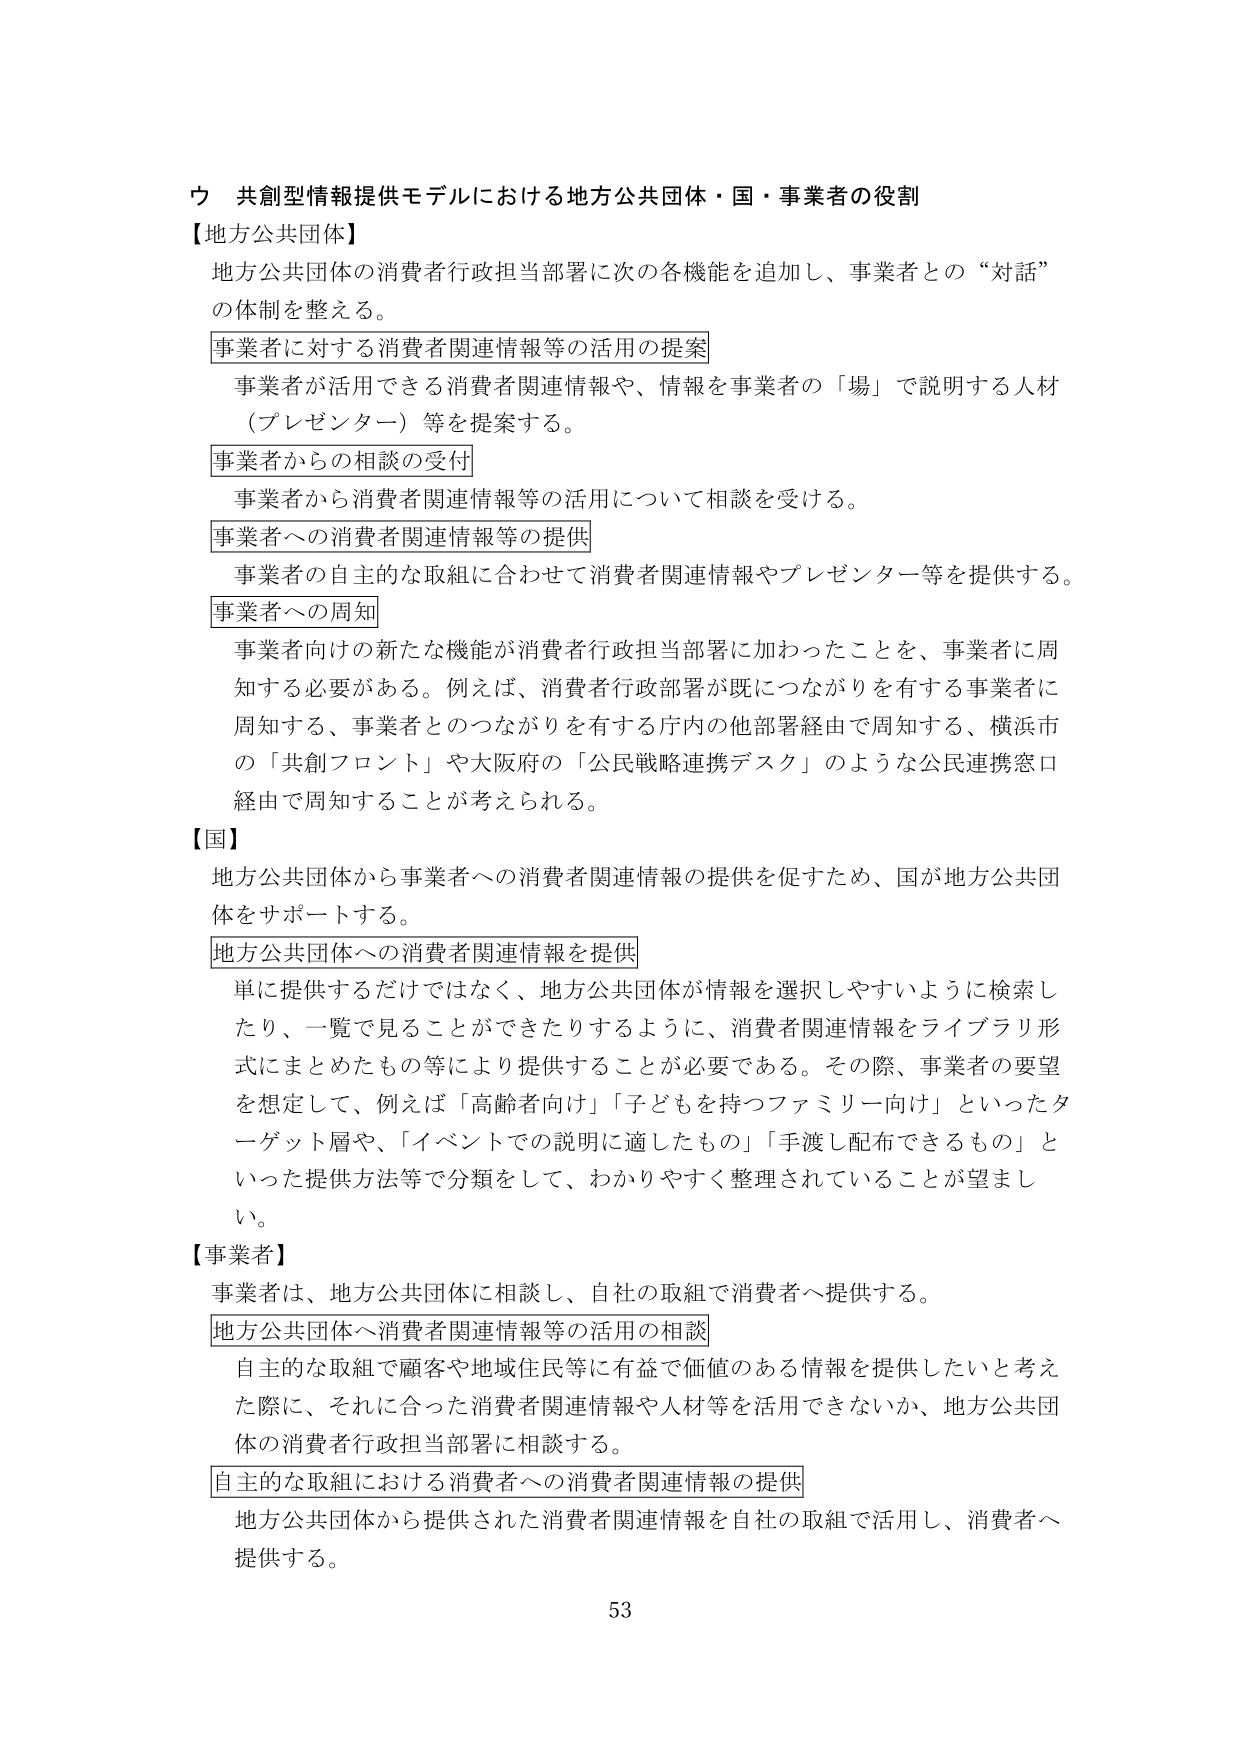
ウ 共創型情報提供モデルにおける地方公共団体・国・事業者の役割
【地方公共団体】
地方公共団体の消費者行政担当部署に次の各機能を追加し、事業者との“対話”の体制を整える。
事業者に対する消費者関連情報等の活用の提案
　事業者が活用できる消費者関連情報や、情報を事業者の「場」で説明する人材（プレゼンター）等を提案する。
事業者からの相談の受付
　事業者から消費者関連情報等の活用について相談を受ける。
事業者への消費者関連情報等の提供
　事業者の自主的な取組に合わせて消費者関連情報やプレゼンター等を提供する。
事業者への周知
　事業者向けの新たな機能が消費者行政担当部署に加わったことを、事業者に周知する必要がある。例えば、消費者行政部署が既につながりを有する事業者に周知する、事業者とのつながりを有する庁内の他部署経由で周知する、横浜市の「共創フロント」や大阪府の「公民戦略連携デスク」のような公民連携窓口経由で周知することが考えられる。
【国】
地方公共団体から事業者への消費者関連情報の提供を促すため、国が地方公共団体をサポートする。
地方公共団体への消費者関連情報を提供
　単に提供するだけではなく、地方公共団体が情報を選択しやすいように検索したり、一覧で見ることができたりするように、消費者関連情報をライブラリ形式にまとめたもの等により提供することが必要である。その際、事業者の要望を想定して、例えば「高齢者向け」「子どもを持つファミリー向け」といったターゲット層や、「イベントでの説明に適したもの」「手渡し配布できるもの」といった提供方法等で分類をして、わかりやすく整理されていることが望ましい。
【事業者】
事業者は、地方公共団体に相談し、自社の取組で消費者へ提供する。
地方公共団体へ消費者関連情報等の活用の相談
　自主的な取組で顧客や地域住民等に有益で価値のある情報を提供したいと考えた際に、それに合った消費者関連情報や人材等を活用できないか、地方公共団体の消費者行政担当部署に相談する。
自主的な取組における消費者への消費者関連情報の提供
　地方公共団体から提供された消費者関連情報を自社の取組で活用し、消費者へ提供する。
53